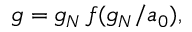
g = g _ { N } \, f ( g _ { N } / a _ { 0 } ) ,